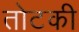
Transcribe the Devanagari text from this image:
तोटकी